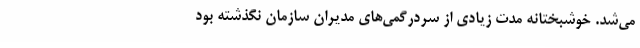
می‌شد. خوشبختانه مدت زیادی از سردرگمی‌های مدیران سازمان نگذشته بود